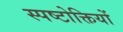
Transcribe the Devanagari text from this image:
स्पष्टोक्तियों